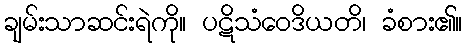
ချမ်းသာဆင်းရဲကို။ ပဋိသံဝေဒိယတိ၊ ခံစား၏။